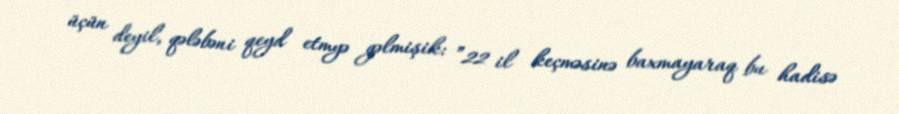
üçün deyil, qələbəni qeyd etmyə gəlmişik: ”22 il keçməsinə baxmayaraq bu hadisə